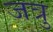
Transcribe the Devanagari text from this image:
जत्रु